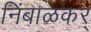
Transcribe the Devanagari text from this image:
निंबाळकर्